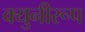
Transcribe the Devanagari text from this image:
क्युनीरूप